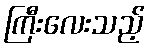
ကြီးလေးသည့်